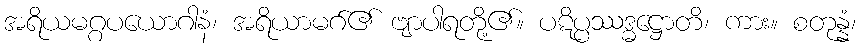
အရိယမဂ္ဂပယောဂါနံ၊ အရိယာမဂ်၏ ဗျာပါရတို့၏။ ပဋိပ္ပဿဒ္ဓဋ္ဌောတိ၊ ကား။ စတုန္နံ၊